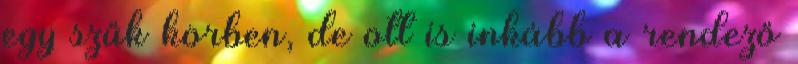
egy szűk körben, de ott is inkább a rendező